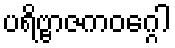
ပရိဗ္ဗာဇကဝဂ္ဂေါ